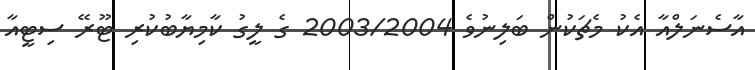
އާސެނަލްއާ އެކު މެޗަކުން ބަލިނުވެ 2003/2004 ގެ ލީގު ކާމިޔާބުކުރި ޓޫރޭ ސިޓީއާ